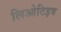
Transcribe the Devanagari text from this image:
लिओटिइव